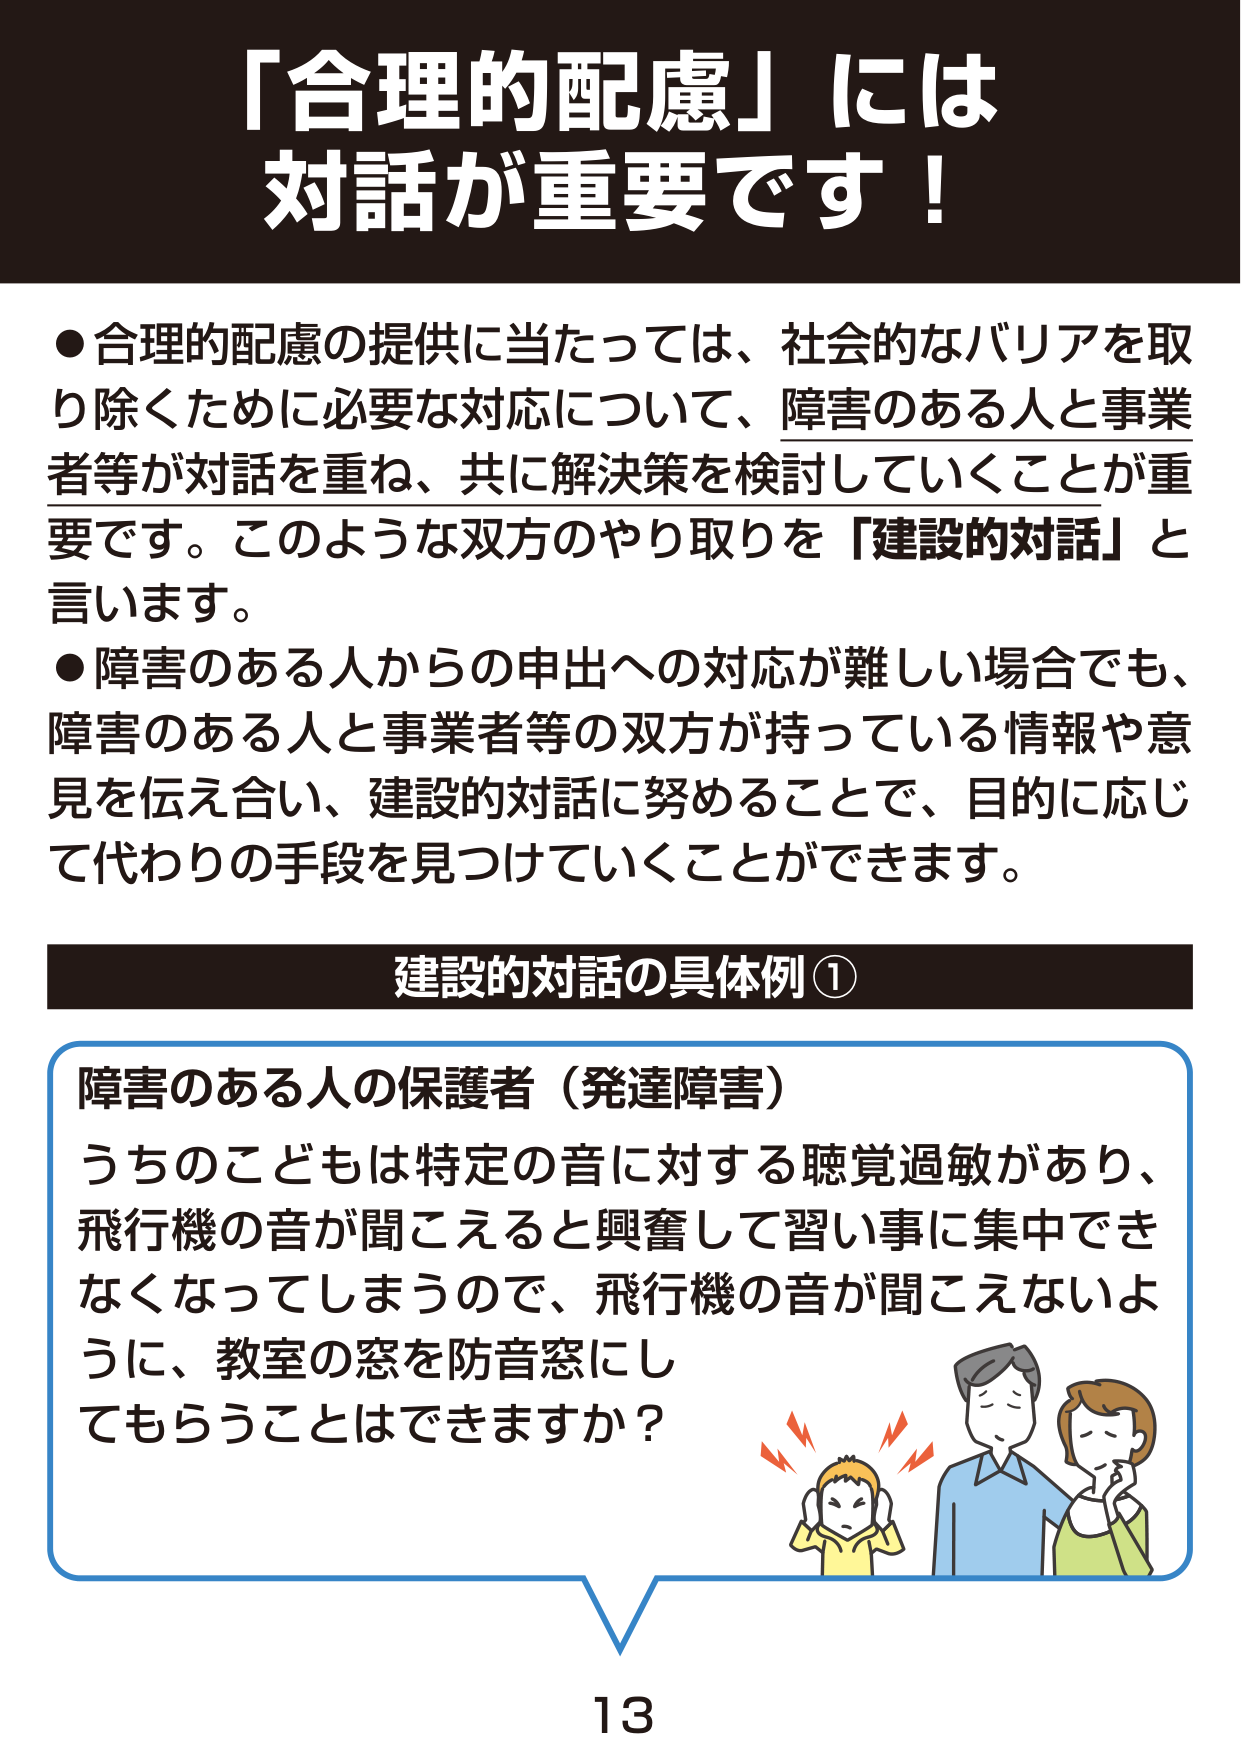
「合理的配慮」には
対話が重要です！

●合理的配慮の提供に当たっては、社会的なバリアを取り除くために必要な対応について、障害のある人と事業者等が対話を重ね、共に解決策を検討していくことが重要です。このような双方のやり取りを「建設的対話」と言います。

●障害のある人からの申出への対応が難しい場合でも、障害のある人と事業者等の双方が持っている情報や意見を伝え合い、建設的対話に努めることで、目的に応じて代わりの手段を見つけていくことができます。

建設的対話の具体例①

障害のある人の保護者（発達障害）
うちのこどもは特定の音に対する聴覚過敏があり、飛行機の音が聞こえると興奮して習い事に集中できなくなってしまうので、飛行機の音が聞こえないように、教室の窓を防音窓にしてもらうことはできますか？

13